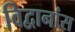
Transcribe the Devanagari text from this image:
विद्वानांस